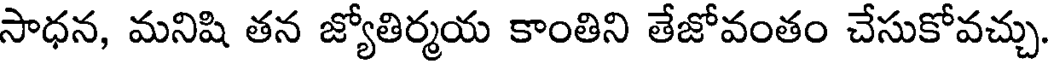
సాధన, మనిషి తన జ్యోతిర్మయ కాంతిని తేజోవంతం చేసుకోవచ్చు